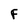
Character: F